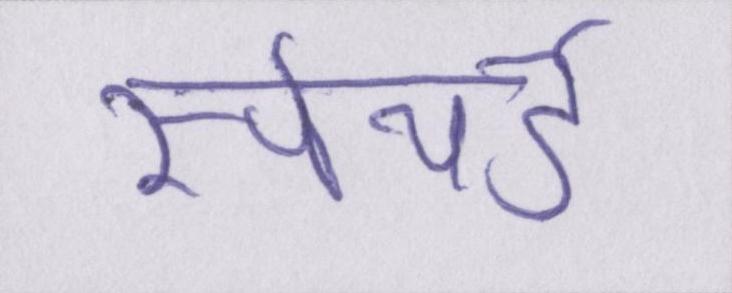
स्पेयर्ड